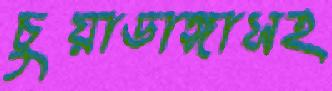
চুয়াডাঙ্গাসহ